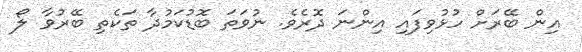
އިން ބޭރަށް ހުޅުވިފައި އިންނަ ދޮރެވެ. ނުވަތަ ބޮޑުކަމުދާ ތަކެތި ބޭރުވާ ލޯ